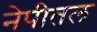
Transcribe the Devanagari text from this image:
नेपीतल